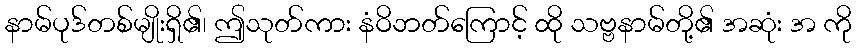
နာမ်ပုဒ်တစ်မျိုးရှိ၏၊ ဤသုတ်ကား နံဝိဘတ်ကြောင့် ထို သဗ္ဗနာမ်တို့၏ အဆုံး အ ကို